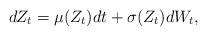
LaTeX: \begin{align*}{d}Z_{t} = \mu(Z_{t}){d}t + \sigma(Z_{t}){d}W_{t},\end{align*}